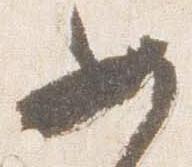
女